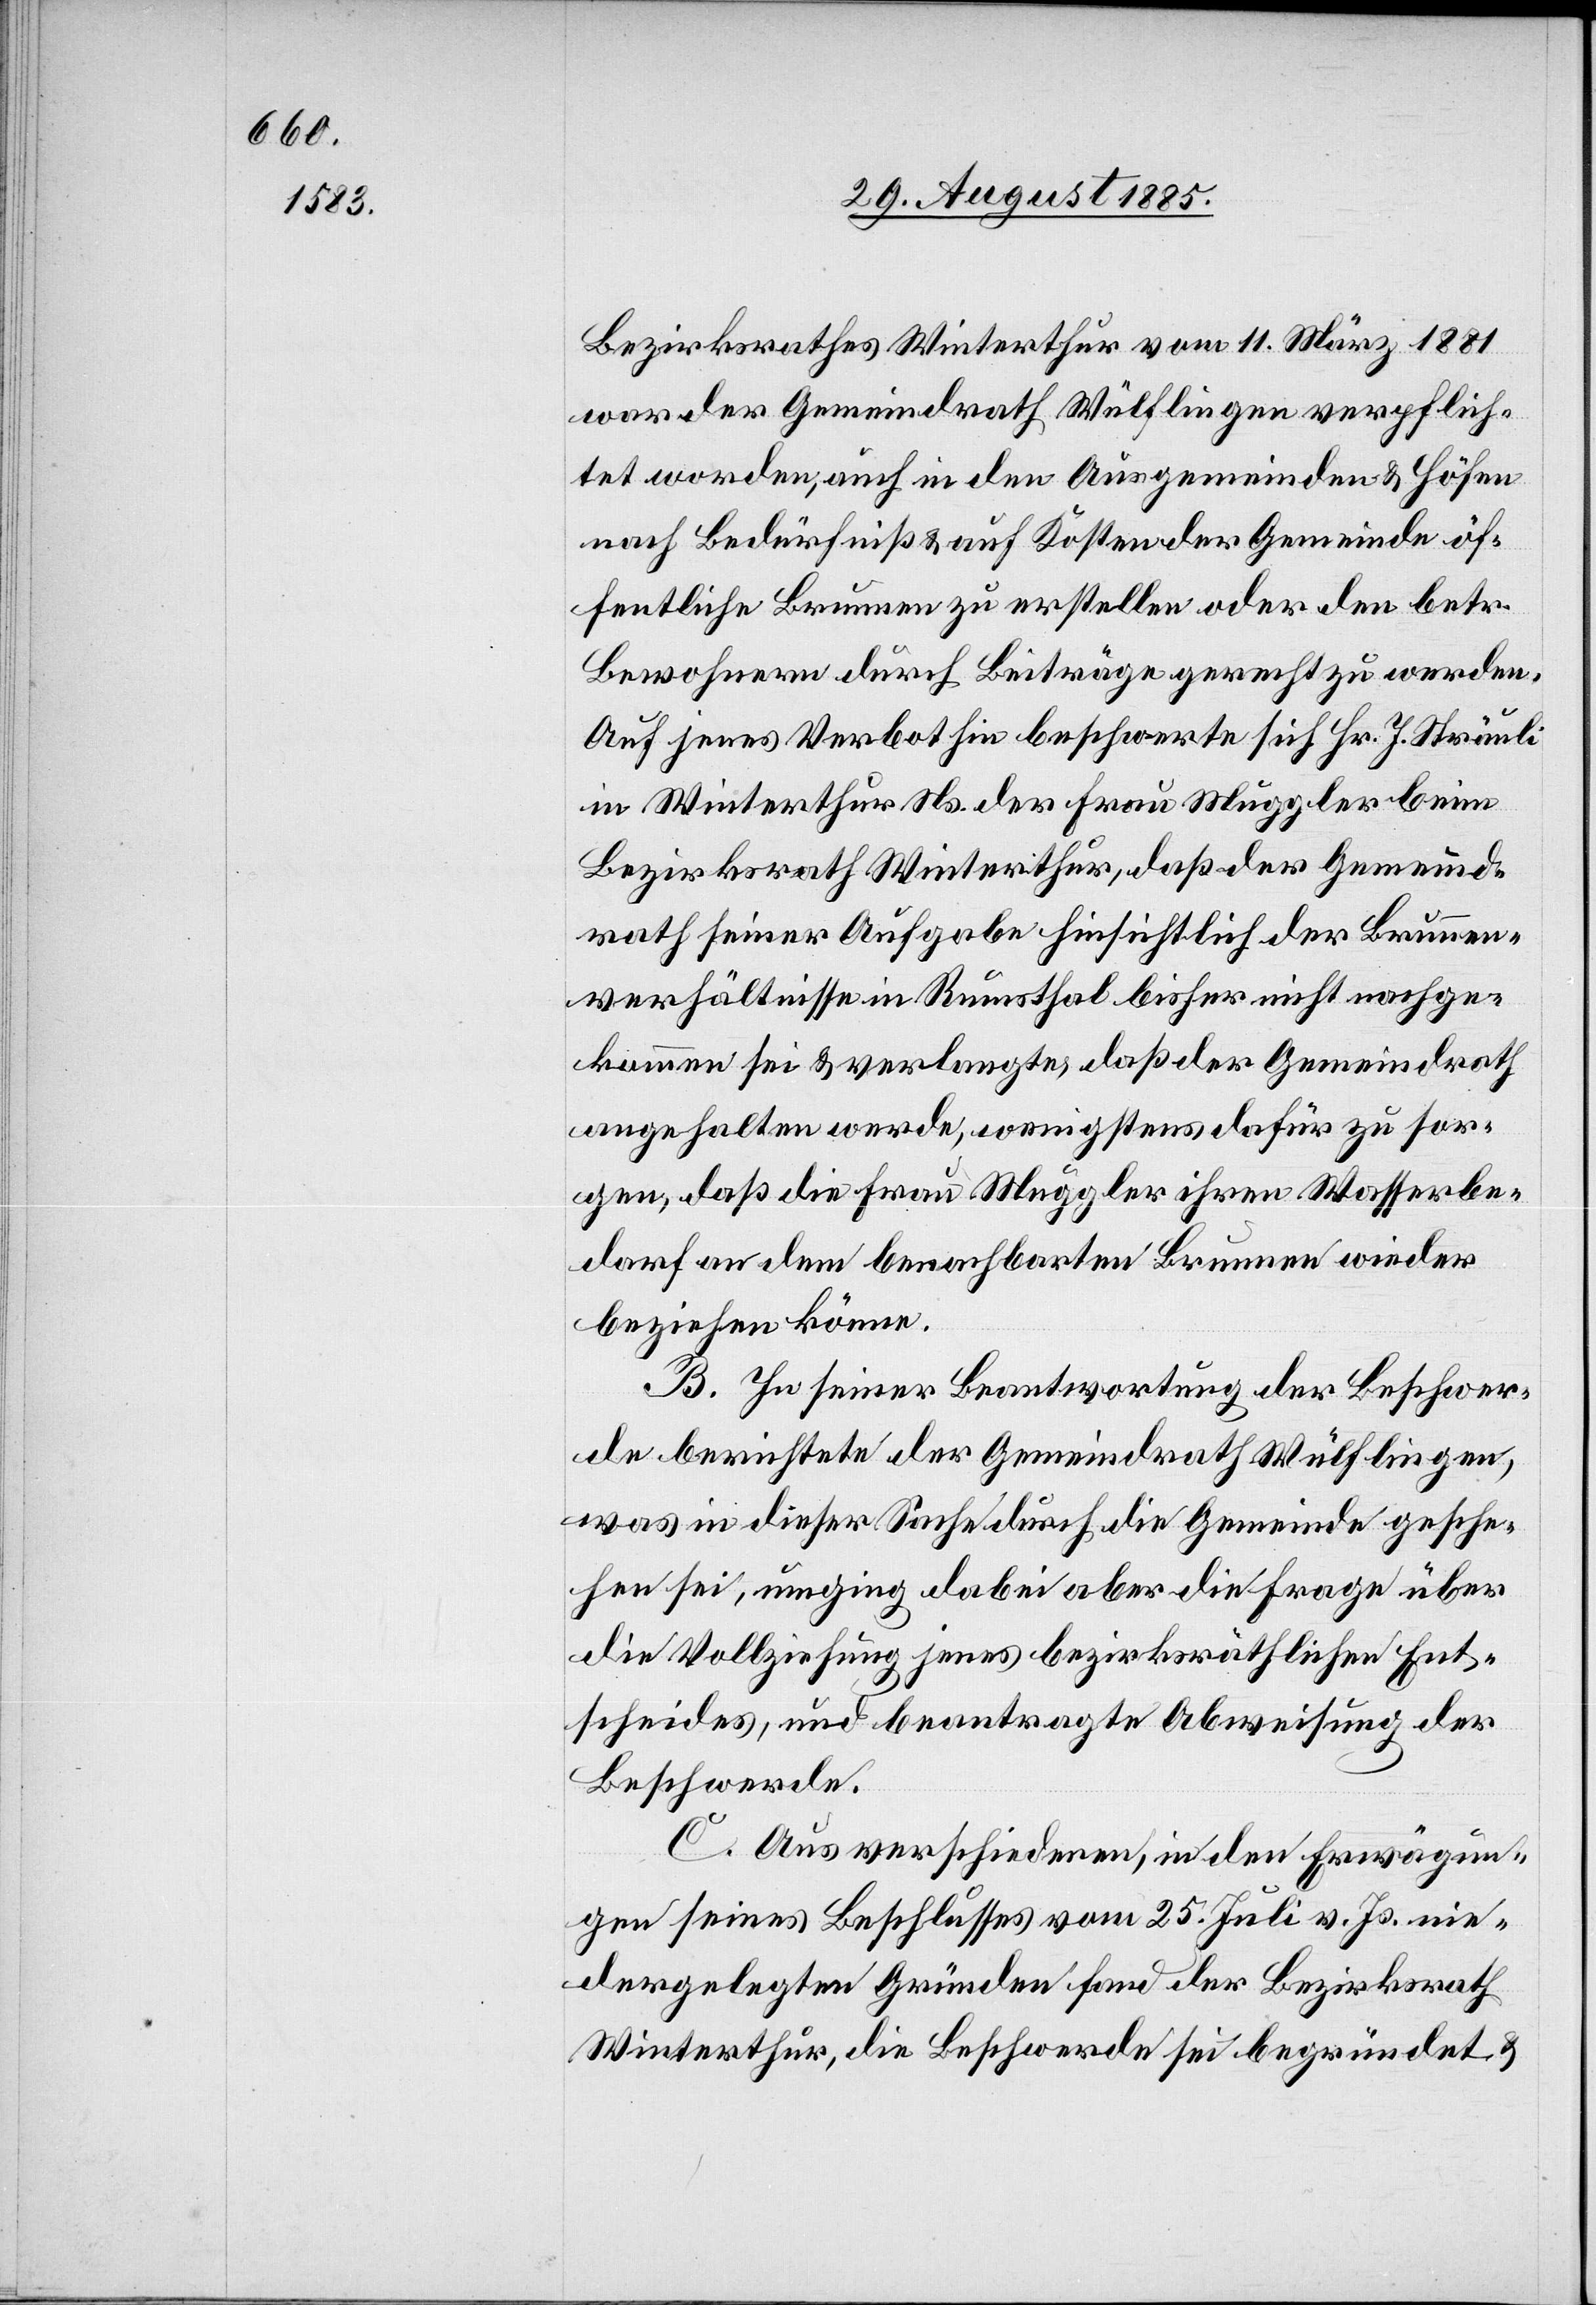
Bezirksrathes Winterthur vom 11. März 1881
war der Gemeindrath Wülflingen verpflich¬
tet worden, auch in den Ausgemeinden & Höfen
nach Bedürfniß & auf Kosten der Gemeinde öf¬
fentliche Brunnen zu erstellen oder den betr.
Bewohnern durch Beiträge gerecht zu werden.
Auf jenes Verbot hin beschwerte sich Hr. J. Sträuli
in Winterthur Ns. der Frau Muggler beim
Bezirksrath Winterthur, daß der Gemeind¬
rath seiner Aufgabe hinsichtlich der Brunnen¬
verhältnisse in Rumsthal bisher nicht nachge¬
kommen sei & verlangte, daß der Gemeindrath
angehalten werde, wenigstens dafür zu sor¬
gen, daß die Frau Muggler ihren Wasserbe¬
darf an dem benachbarten Brunnen wieder
beziehen könne.
B. In seiner Beantwortung der Beschwer¬
de berichtete der Gemeindrath Wülflingen,
was in dieser Sache durch die Gemeinde gesche¬
hen sei, umging dabei aber die Frage über
die Vollziehung jenes bezirksräthlichen Ent¬
scheides, und beantragte Abweisung der
Beschwerde.
C. Aus verschiedenen, in den Erwägun¬
gen seines Beschlusses vom 25. Juli v. Js. nie¬
dergelegten Gründen fand der Bezirksrath
Winterthur, die Beschwerde sei begründet &